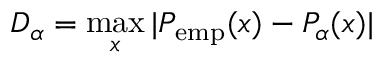
D _ { \alpha } = \operatorname* { m a x } _ { x } | P _ { \mathrm { e m p } } ( x ) - P _ { \alpha } ( x ) |